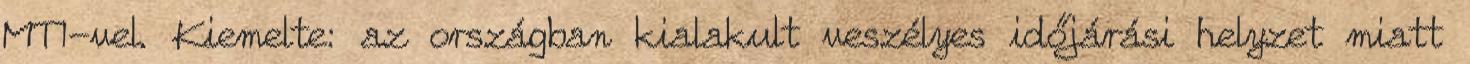
MTI-vel. Kiemelte: az országban kialakult veszélyes időjárási helyzet miatt